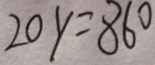
2 0 y = 8 6